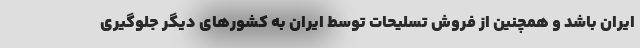
ایران باشد و همچنین از فروش تسلیحات توسط ایران به کشورهای دیگر جلوگیری